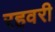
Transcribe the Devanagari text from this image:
रहवरी